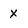
Character: X